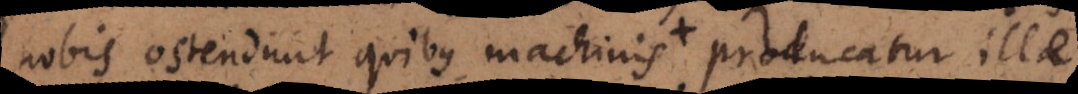
nobis ostendunt quibus machinis producatur ille